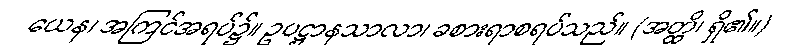
ယေန၊ အကြင်အရပ်၌။ ဥပဋ္ဌာနသာလာ၊ ခစားရာစရပ်သည်။ (အတ္ထိ၊ ရှိ၏။)